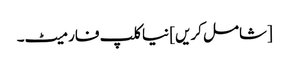
[شامل کریں] نیا کلپ فارمیٹ۔